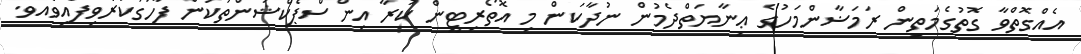
އެއްގޮތްވާ ގޮތުގެމަތިން ރަމަޟާންމަހުގެ ޢިނާޔަތްދެމުން ނުދާކަން މި އޮތޯރިޓީން ކުރާ އިންސްޕެކްޝަންތަކުން ފާހަގަކުރެވިފައިވެއެވެ.